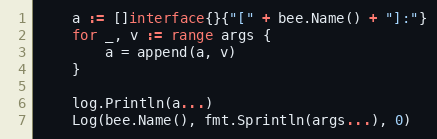
Language: Go
	a := []interface{}{"[" + bee.Name() + "]:"}
	for _, v := range args {
		a = append(a, v)
	}

	log.Println(a...)
	Log(bee.Name(), fmt.Sprintln(args...), 0)